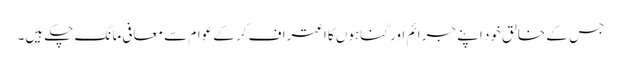
جس کے خالق خود اپنے جرائم اور گناہوں کا اعتراف کر کے عوام سے معافی مانگ چکے ہیں۔